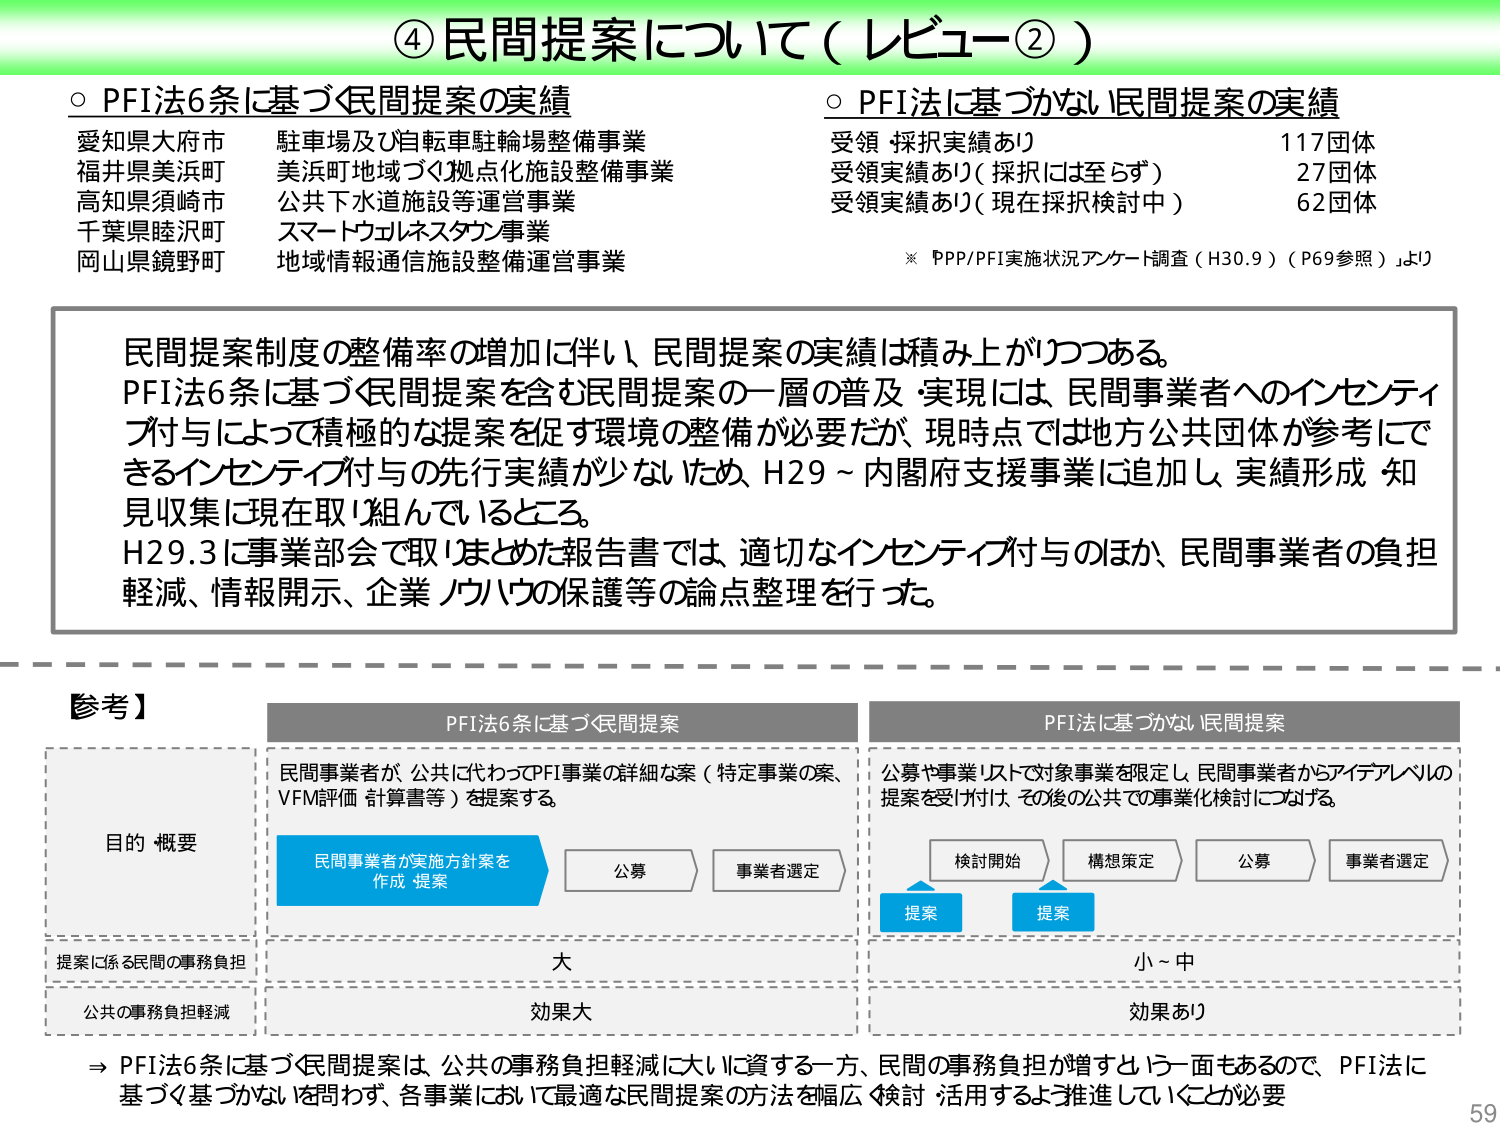
④ 民間提案について（レビュー②）

○ PFI法6条に基づく民間提案の実績
愛知県大府市 駐車場及び自転車駐輪場整備事業
福井県美浜町 美浜町地域づくり拠点化施設整備事業
高知県須崎市 公共下水道施設等運営事業
千葉県睦沢町 スマートウェルネススタンド事業
岡山県鏡野町 地域情報通信施設整備運営事業

○ PFI法に基づかない民間提案の実績
受領 採択実績あり 117団体
受領実績あり（採択には至らず） 27団体
受領実績あり（現在採択検討中） 62団体
※「PPP/PFI実施状況アンケート調査（H30.9）（P69参照）」より

民間提案制度の整備率の増加に伴い、民間提案の実績は積み上がりつつある。
PFI法6条に基づく民間提案を含む民間提案の一層の普及・実現には、民間事業者へのインセンティブ付与によって積極的な提案を促す環境の整備が必要だが、現時点では地方公共団体が参考にできるインセンティブ付与の先行実績が少ないため、H29～内閣府支援事業に追加し、実績形成・知見収集に現在取り組んでいるところ。
H29.3に事業部会で取りまとめた報告書では、適切なインセンティブ付与のほか、民間事業者の負担軽減、情報開示、企業ノウハウの保護等の論点整理を行った。

【参考】

PFI法6条に基づく民間提案
民間事業者が、公共に代わってPFI事業の詳細な案（特定事業の案、VFM評価、計算書等）を提案する。
→ 民間事業者が実施方針案を作成・提案 → 公募 → 事業者選定

PFI法に基づかない民間提案
公募や事業リストで対象事業を限定し、民間事業者からアイデアレベルの提案を受け付け、その後の公共での事業化検討につなげる。
→ 提案 → 検討開始 → 構想策定 → 公募 → 事業者選定

目的・概要
提案に係る民間の事務負担：大（PFI法6条に基づく）／小～中（PFI法に基づかない）
公共の事務負担軽減：効果大（PFI法6条に基づく）／効果あり（PFI法に基づかない）

→ PFI法6条に基づく民間提案は、公共の事務負担軽減に大いに資する一方、民間の事務負担が増すという一面もあるので、PFI法に基づく・基づかないを問わず、各事業において最適な民間提案の方法を幅広く検討・活用するよう推進していくことが必要

59